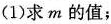
(1)求m的值；